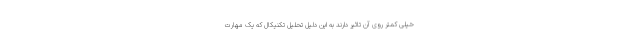
خیلی کمتر روی آن تاثیر دارند به این دلیل تحلیل تکنیکال که یک مهارت